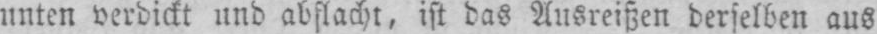
unten verdickt und abflacht, ist das Ausreißen derselben aus